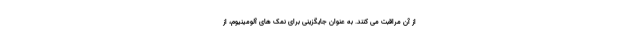
از آن مراقبت می کنند. به عنوان جایگزینی برای نمک های آلومینیوم، از